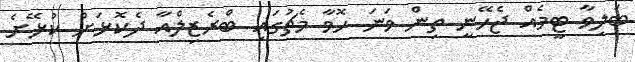
ބަލިވާ ޓީމެއް ޖެހޭނީ ތިން ވަނަ ހޮވާ މެޗުގައި ބްރެޒިލްއާ ދެކޮޅަށް ކުޅޭށެ